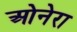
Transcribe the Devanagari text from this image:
ओनेरा